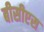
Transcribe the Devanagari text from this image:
बीसीएस